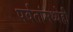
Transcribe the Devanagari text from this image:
पर्वतांमध्येही